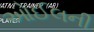
ઓઈલની